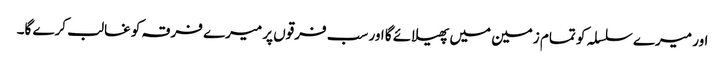
اور میرے سلسلہ کو تمام زمین میں پھیلائے گا اور سب فرقوں پر میرے فرقہ کو غالب کرے گا۔